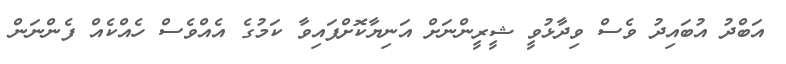
އަބްދު އުބައިދު ވެސް ވިދާޅުވީ ޝީރީންނަށް އަނިޔާކޮށްފައިވާ ކަމުގެ އެއްވެސް ހެއްކެއް ފެންނަން